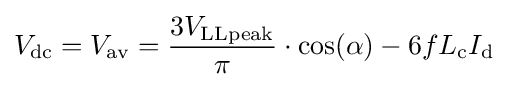
V_{\mathrm {dc} }=V_{\mathrm {av} }={\frac {3V_{\mathrm {LLpeak} }}{\pi }}\cdot \cos(\alpha )-6fL_{\mathrm {c} }I_{\mathrm {d} }